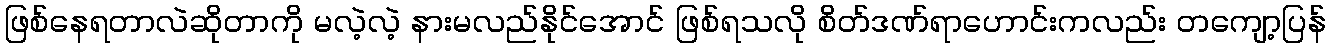
ဖြစ်နေရတာလဲဆိုတာကို မလဲ့လဲ့ နားမလည်နိုင်အောင် ဖြစ်ရသလို စိတ်ဒဏ်ရာဟောင်းကလည်း တကျော့ပြန်